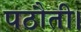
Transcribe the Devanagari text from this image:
पठौती।